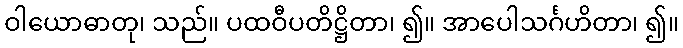
ဝါယောဓာတု၊ သည်။ ပထဝီပတိဋ္ဌိတာ၊ ၍။ အာပေါသင်္ဂဟိတာ၊ ၍။